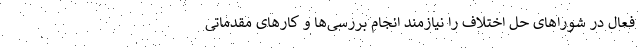
فعال در شوراهای حل اختلاف را نیازمند انجام بررسی‌ها و کارهای مقدماتی